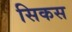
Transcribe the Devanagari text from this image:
सिकस